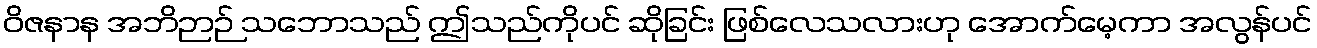
ဝိဇနာန အဘိဉာဉ် သဘောသည် ဤသည်ကိုပင် ဆိုခြင်း ဖြစ်လေသလားဟု အောက်မေ့ကာ အလွန်ပင်